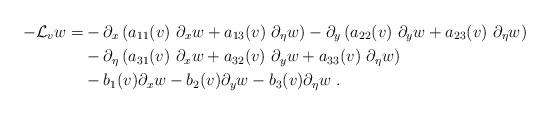
LaTeX: \begin{align*}-\mathcal{L}_v w =& -\partial_x \left( a_{11}(v)\ \partial_x w + a_{13}(v)\ \partial_\eta w \right)-\partial_y \left( a_{22}(v)\ \partial_y w + a_{23}(v)\ \partial_\eta w \right)\\& -\partial_\eta \left( a_{31}(v)\ \partial_x w + a_{32}(v)\ \partial_y w+ a_{33}(v)\ \partial_\eta w \right)\\& - b_1(v)\partial_x w -b_2(v)\partial_y w -b_3(v)\partial_\eta w\ .\end{align*}